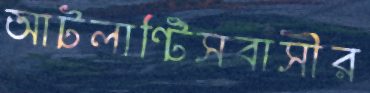
আটলান্টিসবাসীর